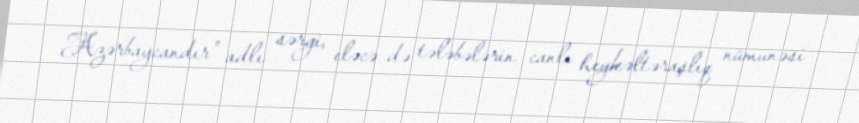
Azərbaycandır” adlı sərgi, eləcə də tələbələrin canlı heykəltəraşlıq nümunəsi